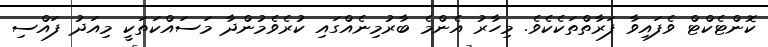
ކޮންޓެކްޓް ވެފައިވާ ފަރާތްތަކެކެވެ. މިހާރު އެންމެ ބާރުމިނެއްގައި ކުރެވެމުންދާ މަސައްކަތަކީ މިއަދު ފައްސި